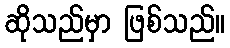
ဆိုသည်မှာ ဖြစ်သည်။